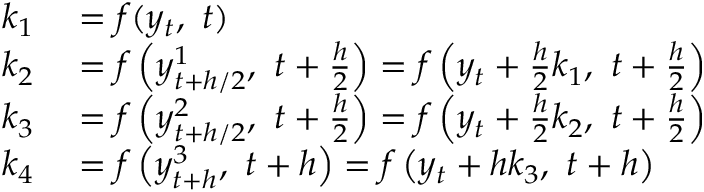
\begin{array} { r l } { k _ { 1 } } & { { } = f ( y _ { t } , \ t ) } \\ { k _ { 2 } } & { { } = f \left( y _ { t + h / 2 } ^ { 1 } , \ t + { \frac { h } { 2 } } \right) = f \left( y _ { t } + { \frac { h } { 2 } } k _ { 1 } , \ t + { \frac { h } { 2 } } \right) } \\ { k _ { 3 } } & { { } = f \left( y _ { t + h / 2 } ^ { 2 } , \ t + { \frac { h } { 2 } } \right) = f \left( y _ { t } + { \frac { h } { 2 } } k _ { 2 } , \ t + { \frac { h } { 2 } } \right) } \\ { k _ { 4 } } & { { } = f \left( y _ { t + h } ^ { 3 } , \ t + h \right) = f \left( y _ { t } + h k _ { 3 } , \ t + h \right) } \end{array}